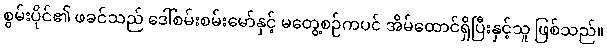
စွမ်းပိုင်၏ ဖခင်သည် ဒေါ်စမ်းစမ်းမော်နှင့် မတွေ့စဉ်ကပင် အိမ်ထောင်ရှိပြီးနှင့်သူ ဖြစ်သည်။